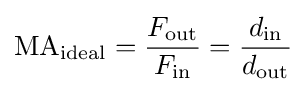
\mathrm {MA} _{\text{ideal}}={F_{\text{out}} \over F_{\text{in}}}={d_{\text{in}} \over d_{\text{out}}}